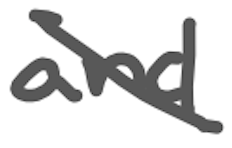
Text: and
Cross-out: mix
Writing tool: digital_gray